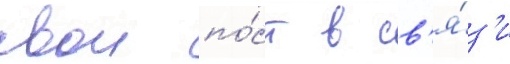
свои по́ст в св'я́з'и